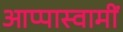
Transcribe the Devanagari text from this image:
आप्पास्वामीं